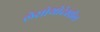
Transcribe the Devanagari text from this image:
लेसोथोदेखील